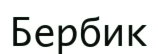
Бербик